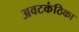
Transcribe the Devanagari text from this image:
अवटकंठिका